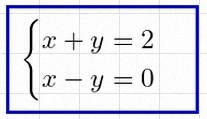
\begin{cases}x+y=2\\x-y=0\end{cases}